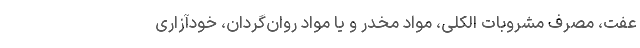
عفت،‌ مصرف مشروبات الکلی، مواد مخدر و یا مواد روان‌گردان، خودآزاری